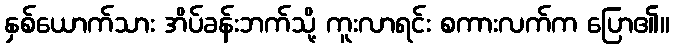
နှစ်ယောက်သား အိပ်ခန်းဘက်သို့ ကူးလာရင်း စကားလက်က ပြော၏။